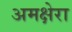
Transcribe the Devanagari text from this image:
अमक्षेरा